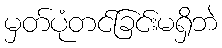
မှတ်ပုံတင်ခြင်းမရှိဘဲ